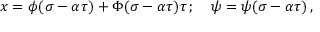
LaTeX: x = \phi ( \sigma - \alpha \tau ) + \Phi ( \sigma - \alpha \tau ) \tau \, ; \quad \psi = \psi ( \sigma - \alpha \tau ) \, ,